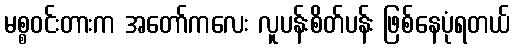
မစ္စဝင်းတားက အတော်ကလေး လူပန်းစိတ်ပန်း ဖြစ်နေပုံရတယ်